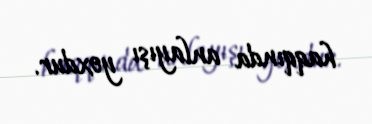
haqqında anlayışı yoxdur.